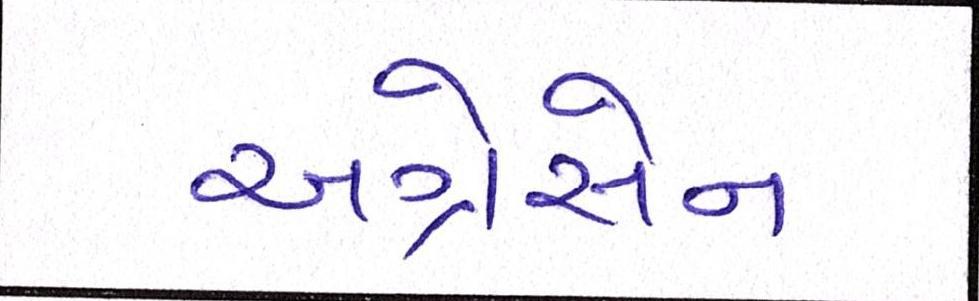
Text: અગ્રેસેન